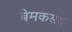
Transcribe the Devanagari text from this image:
बेमकसद